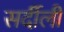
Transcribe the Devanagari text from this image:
सर्दीली